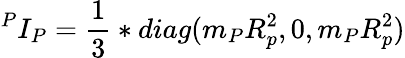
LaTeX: {^P}I_{P}={\frac{1}{3}}*diag(m_{P}R_{p}^{2},0,m_{P}R_{p}^{2})